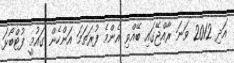
އަދި 2012 ވަނަ ރާއްޖޭގައި ބޭއްވި އެންމެ ފުރަތަމަ އަންހެން ގައުމީ ފުޓްބޯޅަ